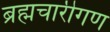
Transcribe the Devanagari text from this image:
ब्रह्मचारीगण